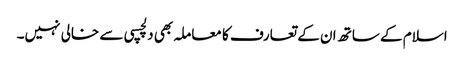
اسلام کے ساتھ ان کے تعارف کا معاملہ بھی دلچسپی سے خالی نہیں۔